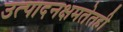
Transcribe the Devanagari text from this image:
उत्पादनक्षमतेतही